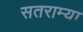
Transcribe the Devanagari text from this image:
सतराम्या